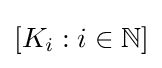
[K_{i}:i\in \mathbb {N} ]